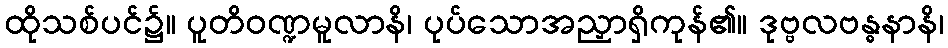
ထိုသစ်ပင်၌။ ပူတိဝဏ္ဍမူလာနိ၊ ပုပ်သောအညှာရှိကုန်၏။ ဒုဗ္ဗလဗန္ဓနာနိ၊